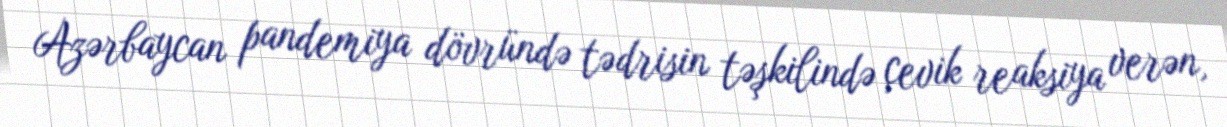
Azərbaycan pandemiya dövründə tədrisin təşkilində çevik reaksiya verən,